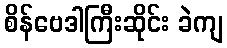
စိန်ဗေဒါကြီးဆိုင်း ခဲကျ